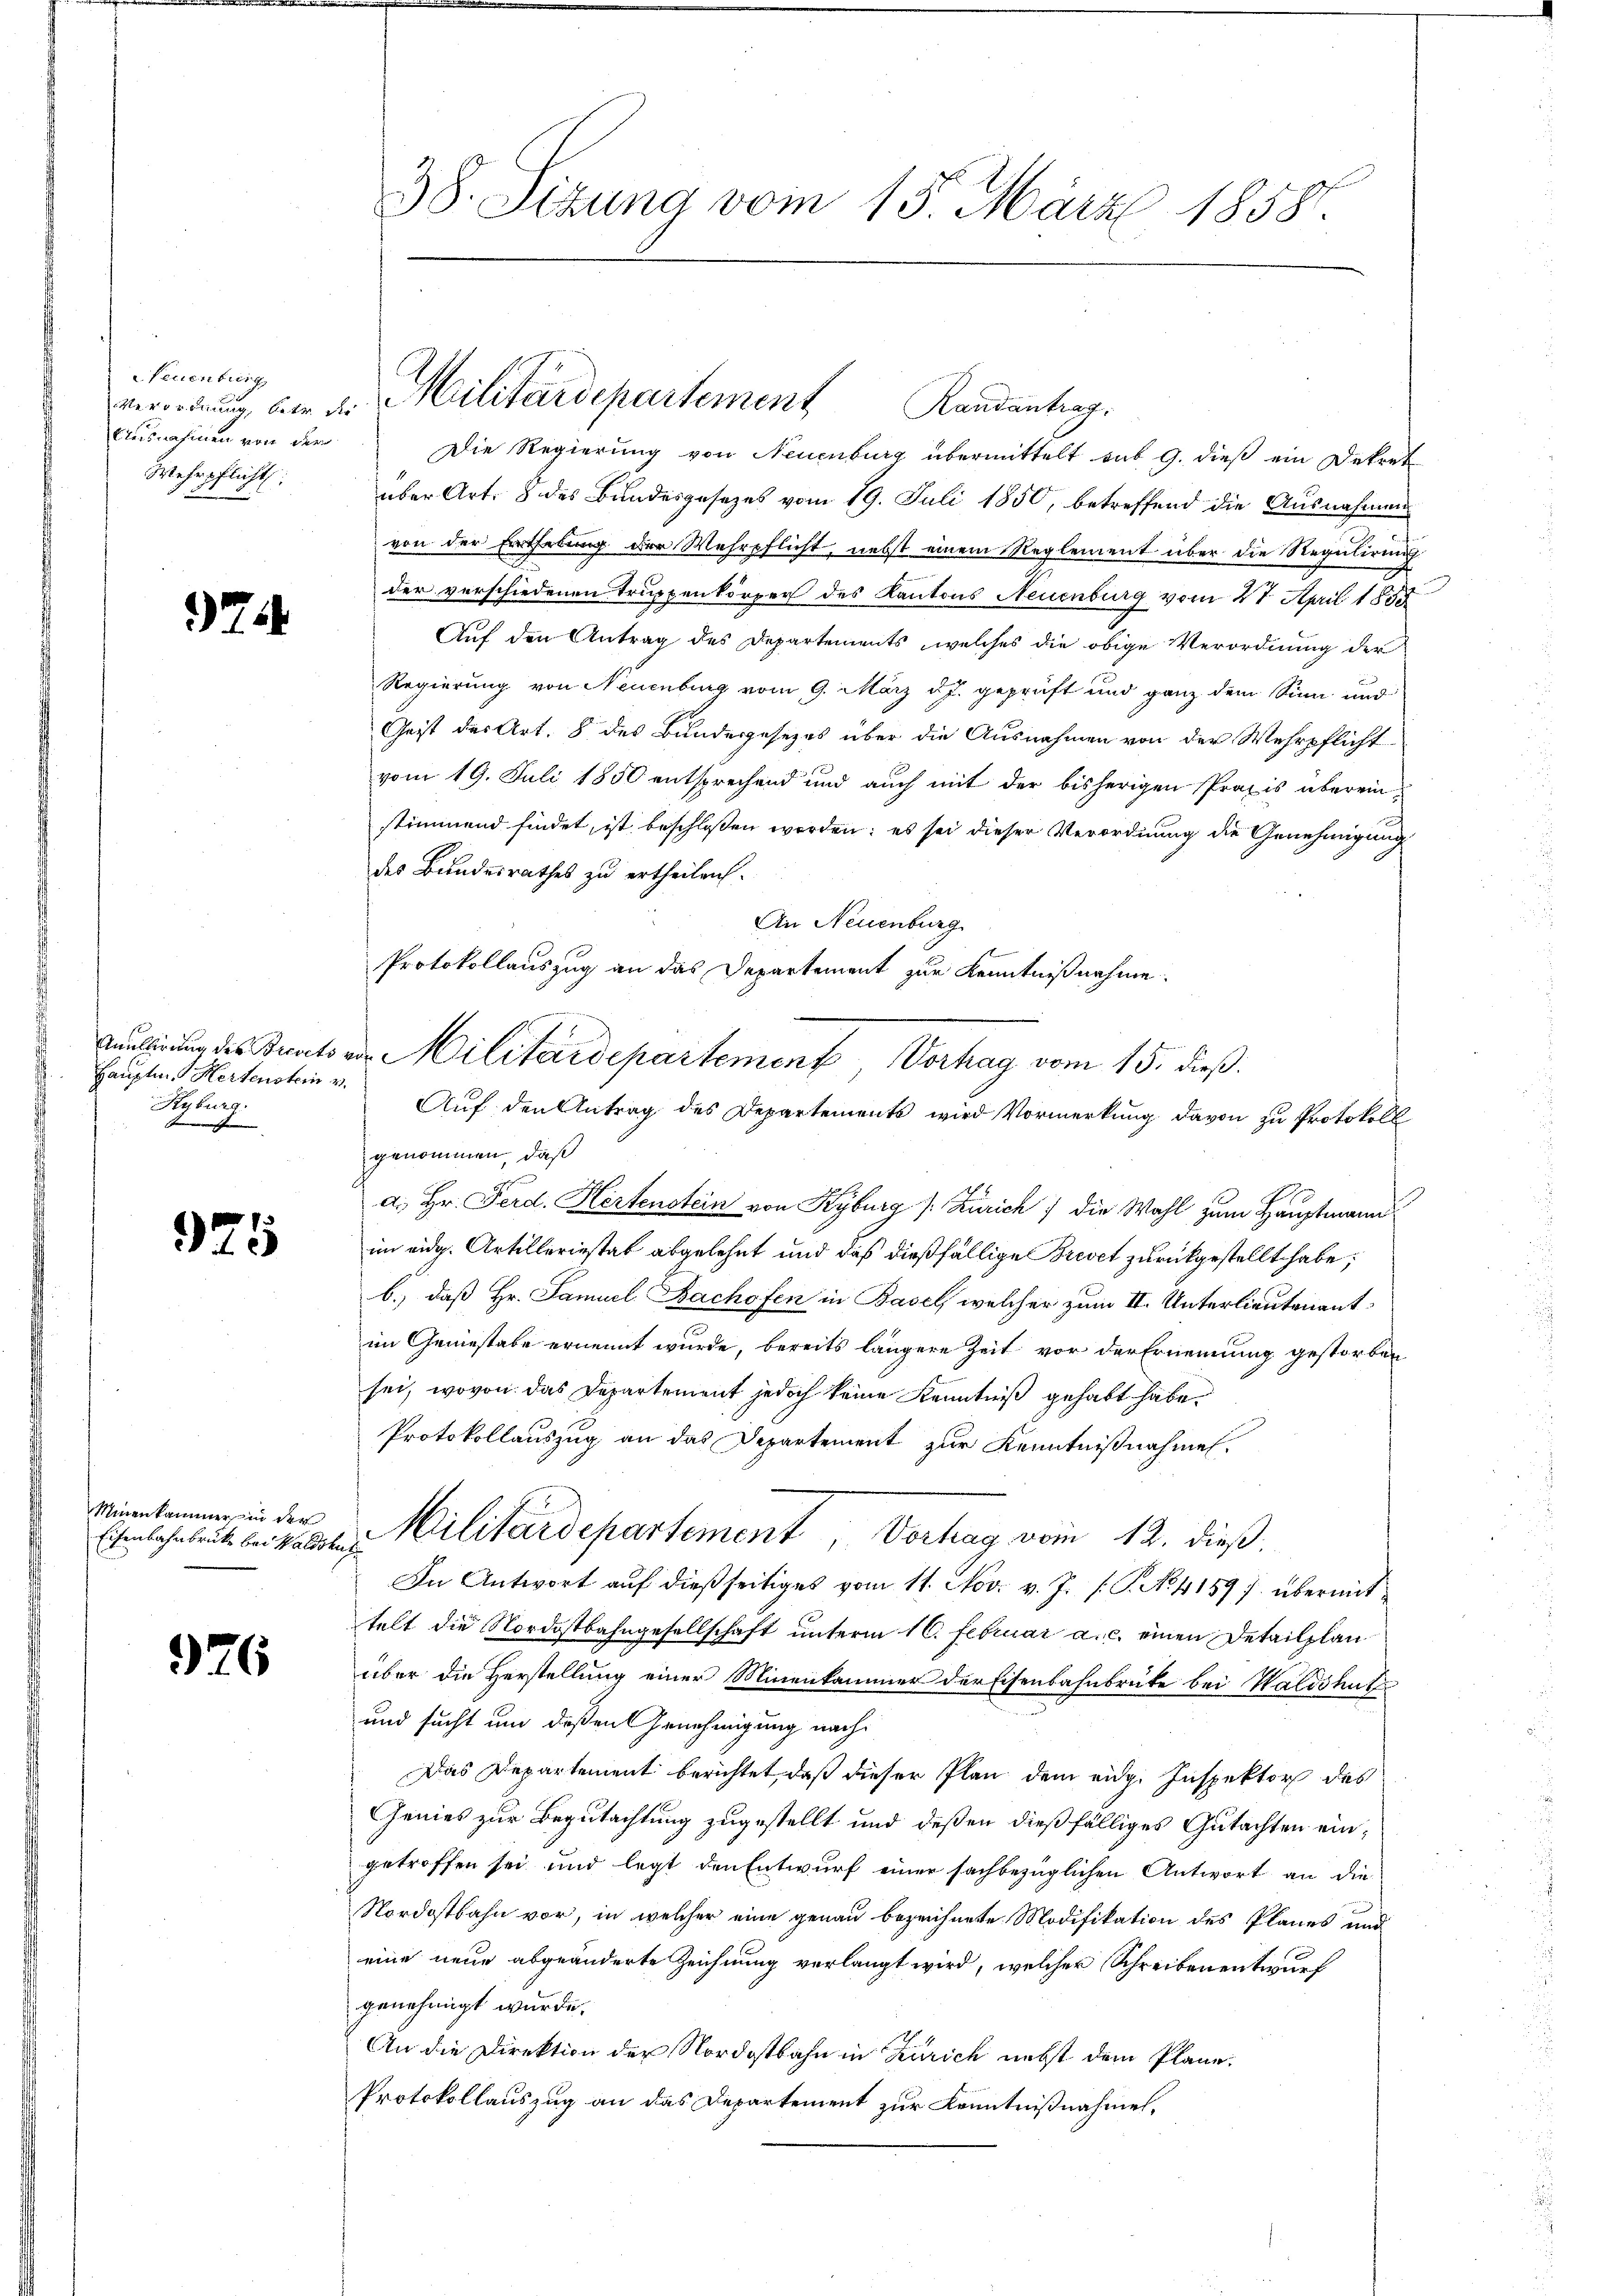
Neuenburg
Ausnahmen von der
Wehrpflicht

974

Hauptm. Hertenstein v.
Kyburg.
Jense

925

Minenkammer in der
Eisenbahnbrücke bei Waldshu

926

38. Sitzung vom 15. März 1858.

verordnung, den d. Militärdepartement Randantrag.

Die Regierung von Neuenburg übermittelt sub 9. dieß ein Dekret
über Art. 8 des Bundesgesetzes vom 19. Juli 1850, betreffend die Ausnahmenvon der Erthelung der Wehrpflicht, nebst einem Reglement über die Regulirung
der verschiedenen Truppenkörper des Kantons Neuenburg vom 27. April 1858
Auf den Antrag des Departements, welches die obige Verordnung der
Regierung von Neuenburg vom 9. März d. J. geprüft und ganz dem Sinn und
Geist des Art. 8 des Bundesgesezes über die Ausnahmen von der Wehrpflicht
vom 19. Juli 1850 entsprechend und auch mit der bisherigen Praxis übereinstimmend findet, ist beschlossen worden; es sei dieser Verordnung die Genehmigung
des Bundesrathes zu ertheilen.
An Neuenburg
Protokollauszug an das Departement zur Kenntnißnahme.
Mulirung des Beratores Militärdepartement Verhag vom 15. dieß
Auf den Antrag des Departements wird Vormerkung davon zu Protokoll
genommen, daß
a. Hr. Ferd. Hertenstein von Kyburg /: Zürich) die Wahl zum Hauptmann
im eidg. Artilleriestat abgelehnt und daß dießfällige Brevet zurückgestellt habe;
b.) daß Hr. Samuel Bachofen in Basel, welcher zum II. Unterlieutenant
im Geniestabe ernennt wurde, bereits längere Zeit vor der Ernennung gestorben
sei, wovon das Departement jedoch keine Kenntniß gehabt habe.
Protokollauszug an das Departement zur Kenntnißnahmen.
Militärdepartement, Vertrag vom 12. dieß.
t
In Antwort aŭf dießseitiges vom 11. Nov. v. J. /: P. No. 41597 übermittelt die Nordostbahngesellschaft unterm 16. Februar a. c. einen Detailplanüber die Herstellung einer Minenkammer der Eisenbahnbrüte bei Waldshut
und sucht und deßen Genehmigung nach
Das Departement berichtet, daß dieser Plan dem eidg. Inspektor des
Genies zur Begutachtung zugestellt und deßen dießfälliges Gutachten eingetroffen sei und legt den Entwurf einer sachbezüglichen Antwort an die
Nordostbahn vor, in welcher eine genau bezeichnete Modifikation des Planes und
eine neue abgeänderte Zeichnung verlangt wird, welcher Schreiben entwurf
genehmigt wurde.
An die Direktion der Nordostbahn in Zürich nebst dem Plane.
Protokollauszug an das Departement zur Kenntnißnahmen,